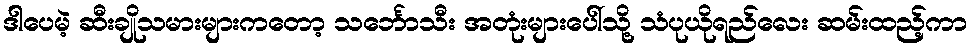
ဒါပေမဲ့ ဆီးချိုသမားများကတော့ သင်္ဘောသီး အတုံးများပေါ်သို့ သံပုယိုရည်လေး ဆမ်းထည့်ကာ